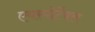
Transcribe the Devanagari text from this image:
एयरपोर्टेबल